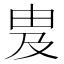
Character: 𬏁